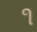
૧